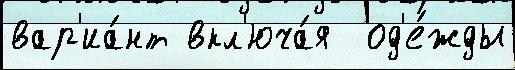
вар'иа́нт вкл'юча́я  од'е́жды